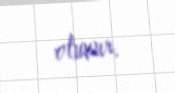
olunur.